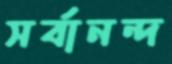
সর্বানন্দ